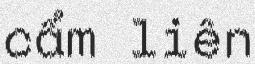
cẩm liên